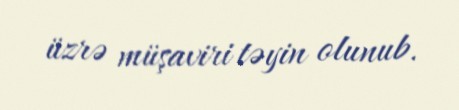
üzrə müşaviri təyin olunub.